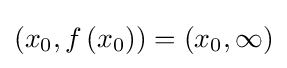
\left(x_{0},f\left(x_{0}\right)\right)=\left(x_{0},\infty \right)